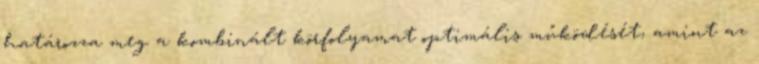
határozza meg a kombinált körfolyamat optimális működését, amint az